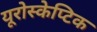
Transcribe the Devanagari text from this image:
यूरोस्केप्टिक